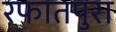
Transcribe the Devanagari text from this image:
रफातपुरा